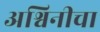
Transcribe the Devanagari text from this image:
अश्विनीचा